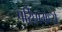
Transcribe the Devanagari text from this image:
परिघामध्ये